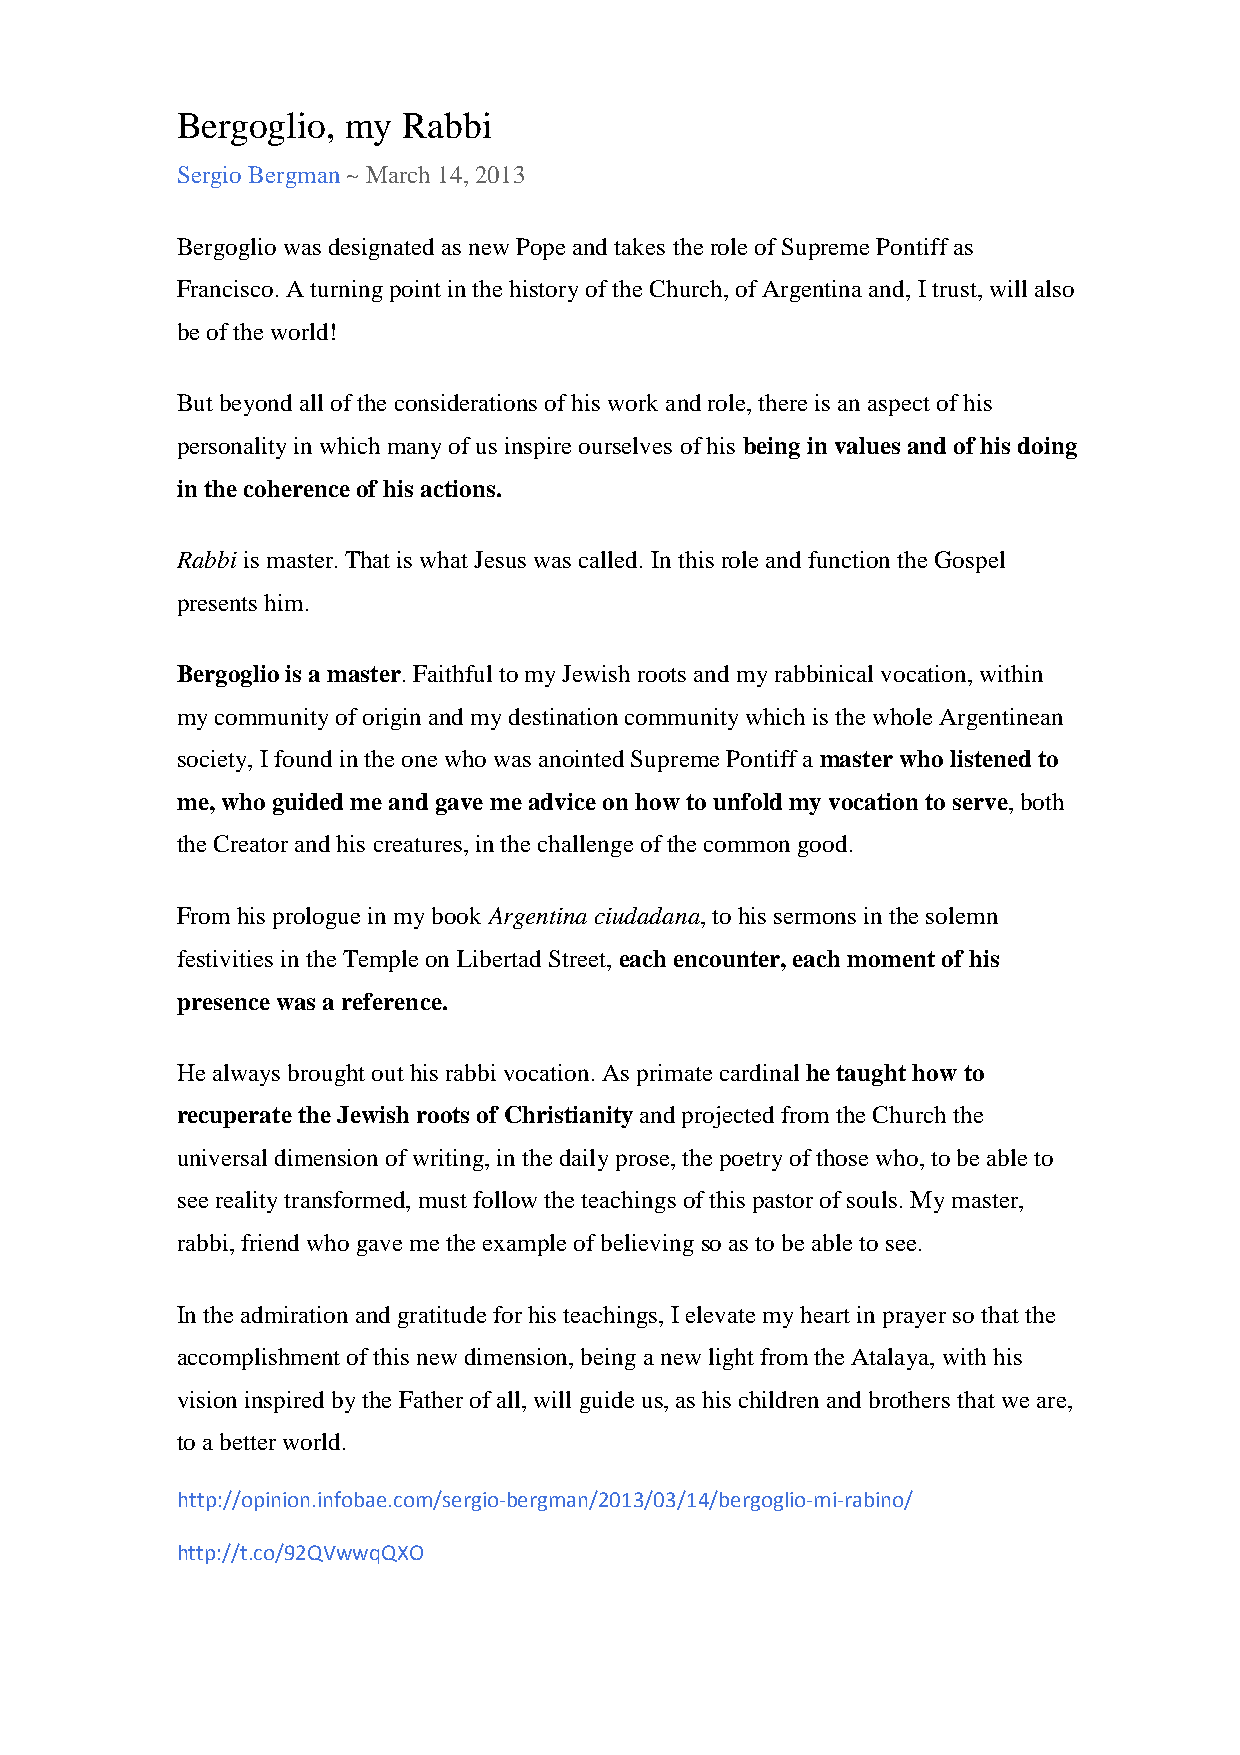
Bergoglio, my  Rabbi
 Sergio Bergman ~ March 14, 2013
 Bergoglio was designated as new Pope and takes the role of Supreme Pontiff as
 Francisco. A turning point in the history of the Church, of Argentina and, I trust, will also
 be of the world!
 But beyond all of the considerations of his work and role, there is an aspect of his
 personality in which many of us inspire ourselves of his being in values and of his doing
 in the coherence of his actions.
 Rabbi is master. That is what Jesus was called. In this role and function the Gospel
 presents him.
 Bergoglio is a master. Faithful to my Jewish roots and my rabbinical vocation, within
 my community of origin and my destination community which is the whole Argentinean
 society, I found in the one who was anointed Supreme Pontiff a master who listened to
 me, who guided me and gave me advice on how to unfold my vocation to serve, both
 the Creator and his creatures, in the challenge of the common good.
 From his prologue in my book Argentina ciudadana, to his sermons in the solemn
 festivities in the Temple on Libertad Street, each encounter, each moment of his
 presence was a reference.
 He always brought out his rabbi vocation. As primate cardinal he taught how to
 recuperate the Jewish roots of Christianity and projected from the Church the
 universal dimension of writing, in the daily prose, the poetry of those who, to be able to
 see reality transformed, must follow the teachings of this pastor of souls. My master,
 rabbi, friend who gave me the example of believing so as to be able to see.
 In the admiration and gratitude for his teachings, I elevate my heart in prayer so that the
 accomplishment of this new dimension, being a new light from the Atalaya, with his
 vision inspired by the Father of all, will guide us, as his children and brothers that we are,
 to a better world.
 http://opinion.infobae.com/sergio-bergman/2013/03/14/bergoglio-mi-rabino/
 http://t.co/92QVwwqQXO